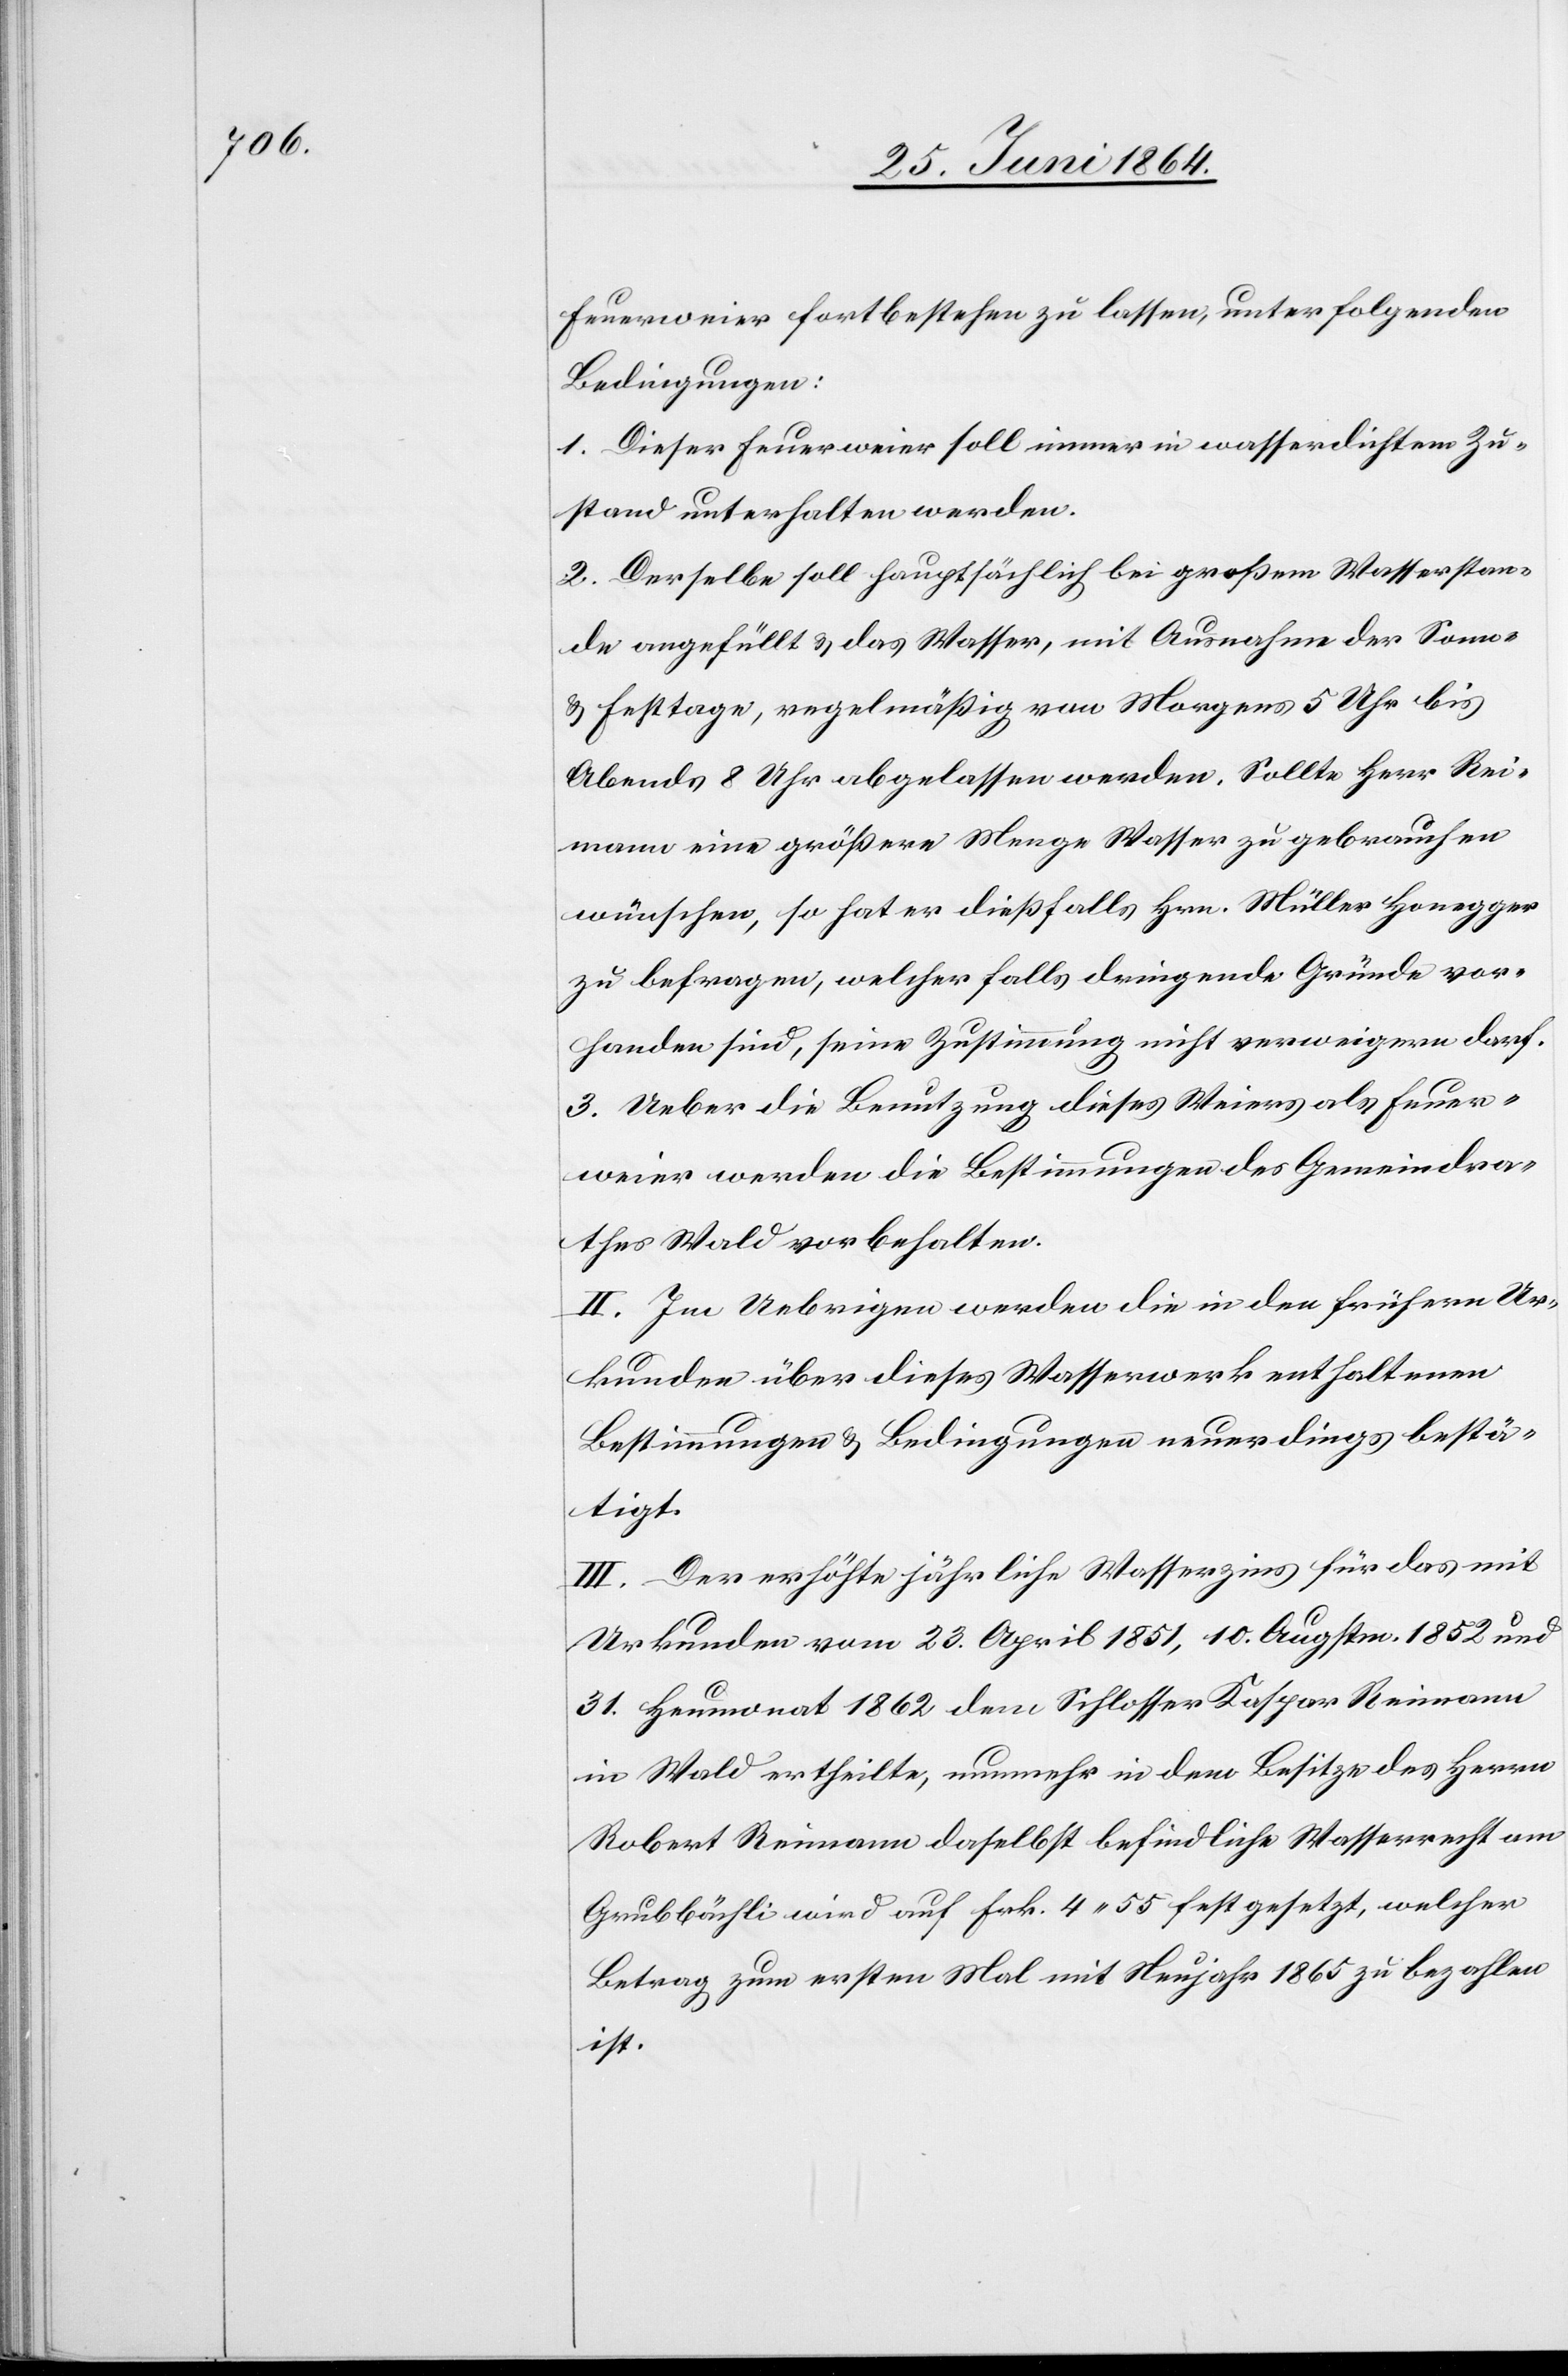
Feuerweier fortbestehen zu lassen, unter folgenden
Bedingungen:
1. Dieser Feuerweier soll immer in wasserdichtem Zu¬
stand unterhalten werden.
2. Derselbe soll hauptsächlich bei großem Wasserstan¬
de angefüllt u. das Wasser, mit Ausnahme der Sonn-
u. Festtage, regelmäßig von Morgens 5 Uhr bis
Abends 8 Uhr abgelassen werden. Sollte Herr Rei¬
mann eine größere Menge Wasser zu gebrauchen
wünschen, so hat er dießfalls Hrn. Müller Honegger
zu befragen, welcher falls dringende Gründe vor¬
handen sind, seine Zustimmung nicht verweigern darf.
3. Ueber die Benutzung dieses Weiers als Feuer¬
weier werden die Bestimmungen des Gemeindra¬
thes Wald vorbehalten.
II. Im Uebrigen werden die in den frühern Ur¬
kunden über dieses Wasserwerk enthaltenen
Bestimmungen u. Bedingungen neuerdings bestä¬
tigt.
III. Der erhöhte jährliche Wasserzins für das mit
Urkunden vom 23. April 1851, 10. Augstm. 1852 und
31. Heumonat 1862 dem Schlosser Kaspar Reimann
in Wald ertheilte, nunmehr in dem Besitze des Herrn
Robert Reimann daselbst befindliche Wasserrecht am
Grubbächli wird auf Frk. 4 55 festgesetzt, welcher
Betrag zum ersten Mal mit Neujahr 1865 zu bezahlen
ist.